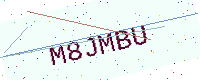
Text: M8JMBU